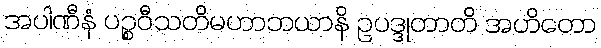
အပါဏီနံ ပဉ္စဝီသတိမဟာဘယာနိ ဥပဒ္ဒုတာတိ အဟိတော